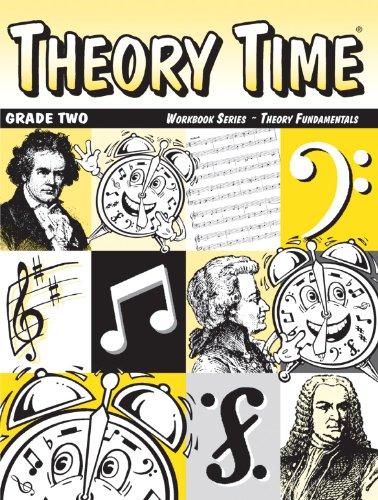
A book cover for Theory Time: Workbook Series - Theory Fundamentals Grade Two; Heather Rathnau NCTM; Children's Books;